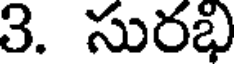
3. సురభి